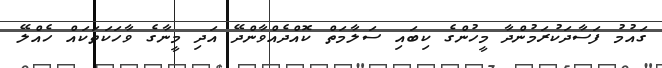
ގައުމު ފަސާދަކުރަމުންދާ މީހުންގެ ކިބައި ސަލާމަތް ކޮއްދެއްވާންދޭ އަދި މީނާގެ ވާހަކަތަކައް ހެއްލޭ